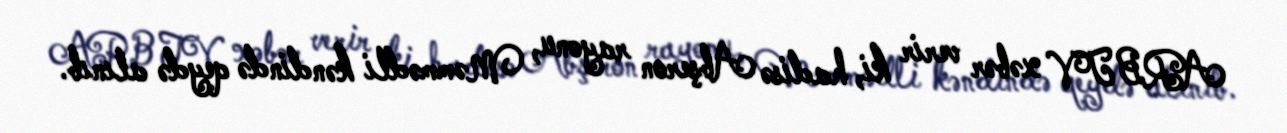
ARB TV xəbər verir ki, hadisə Abşeron rayonu, Məmmədli kəndində qeydə alınıb.